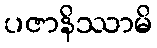
ပဇာနိဿာမိ